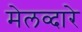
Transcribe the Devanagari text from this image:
मेलव्दारे